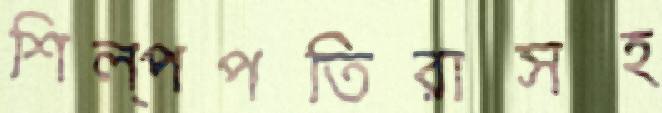
শিল্পপতিরাসহ